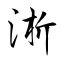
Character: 淅